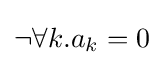
\neg \forall k.a_{k}=0